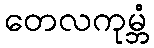
တေလကုမ္ဘံ